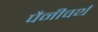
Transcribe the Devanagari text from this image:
पैनीवर्थ